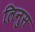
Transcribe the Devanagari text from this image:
लिनुस